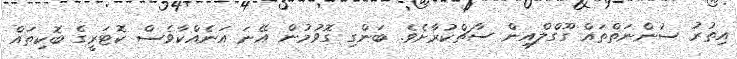
އިތުރު ސުންނަތްތައް ގޫގްލްއިން ސާޗްކުރާށެވެ. ބަންގި ގޮވުމުން އޭނަ އަނެއްކާވެސް ކޮޓަރީގެ ބޮކިތައް